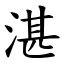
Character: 湛